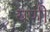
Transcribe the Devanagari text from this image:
यणी